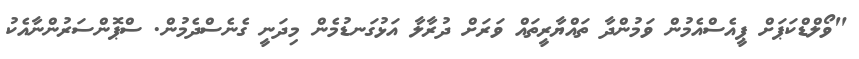
"ވޯލްޑްކަޕަށް ޕީއެސްއެމުން ވަމުންދާ ތައްޔާރީތައް ވަރަށް ދުރާލާ އަޅުގަނޑުމެން މިދަނީ ގެނެސްދެމުން. ސްޕޮންސަރުންނާއެކު